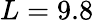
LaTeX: L=9.8